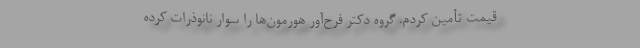
قیمت تأمین کردم. گروه دکتر فرح‌آور هورمون‌ها را سوار نانوذرات کرده